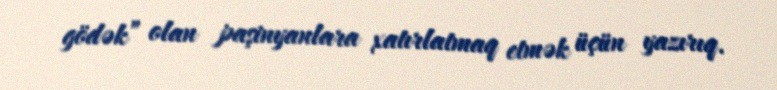
gödək” olan paşinyanlara xatırlatmaq etmək üçün yazırıq.